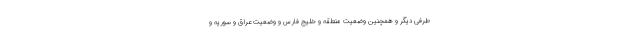
طرفی دیگر و همچنین وضعیت منطقه و خلیج فارس و وضعیت عراق و سوریه و